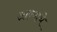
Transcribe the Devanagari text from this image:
आण्याचे